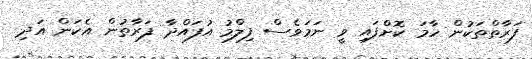
ފަރާތްތަކުން ހާމަ ކޮށްފައި ވީ ނަމަވެސް ފިލްމު އުފައްދާ ފަރާތުން އެކަން އަދި